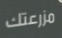
مزرعتك